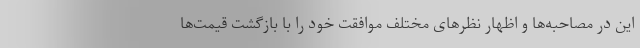
این در مصاحبه‌ها و اظهار نظرهای مختلف موافقت خود را با بازگشت قیمت‌ها